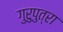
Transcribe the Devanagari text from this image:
गुरुपुत्रा